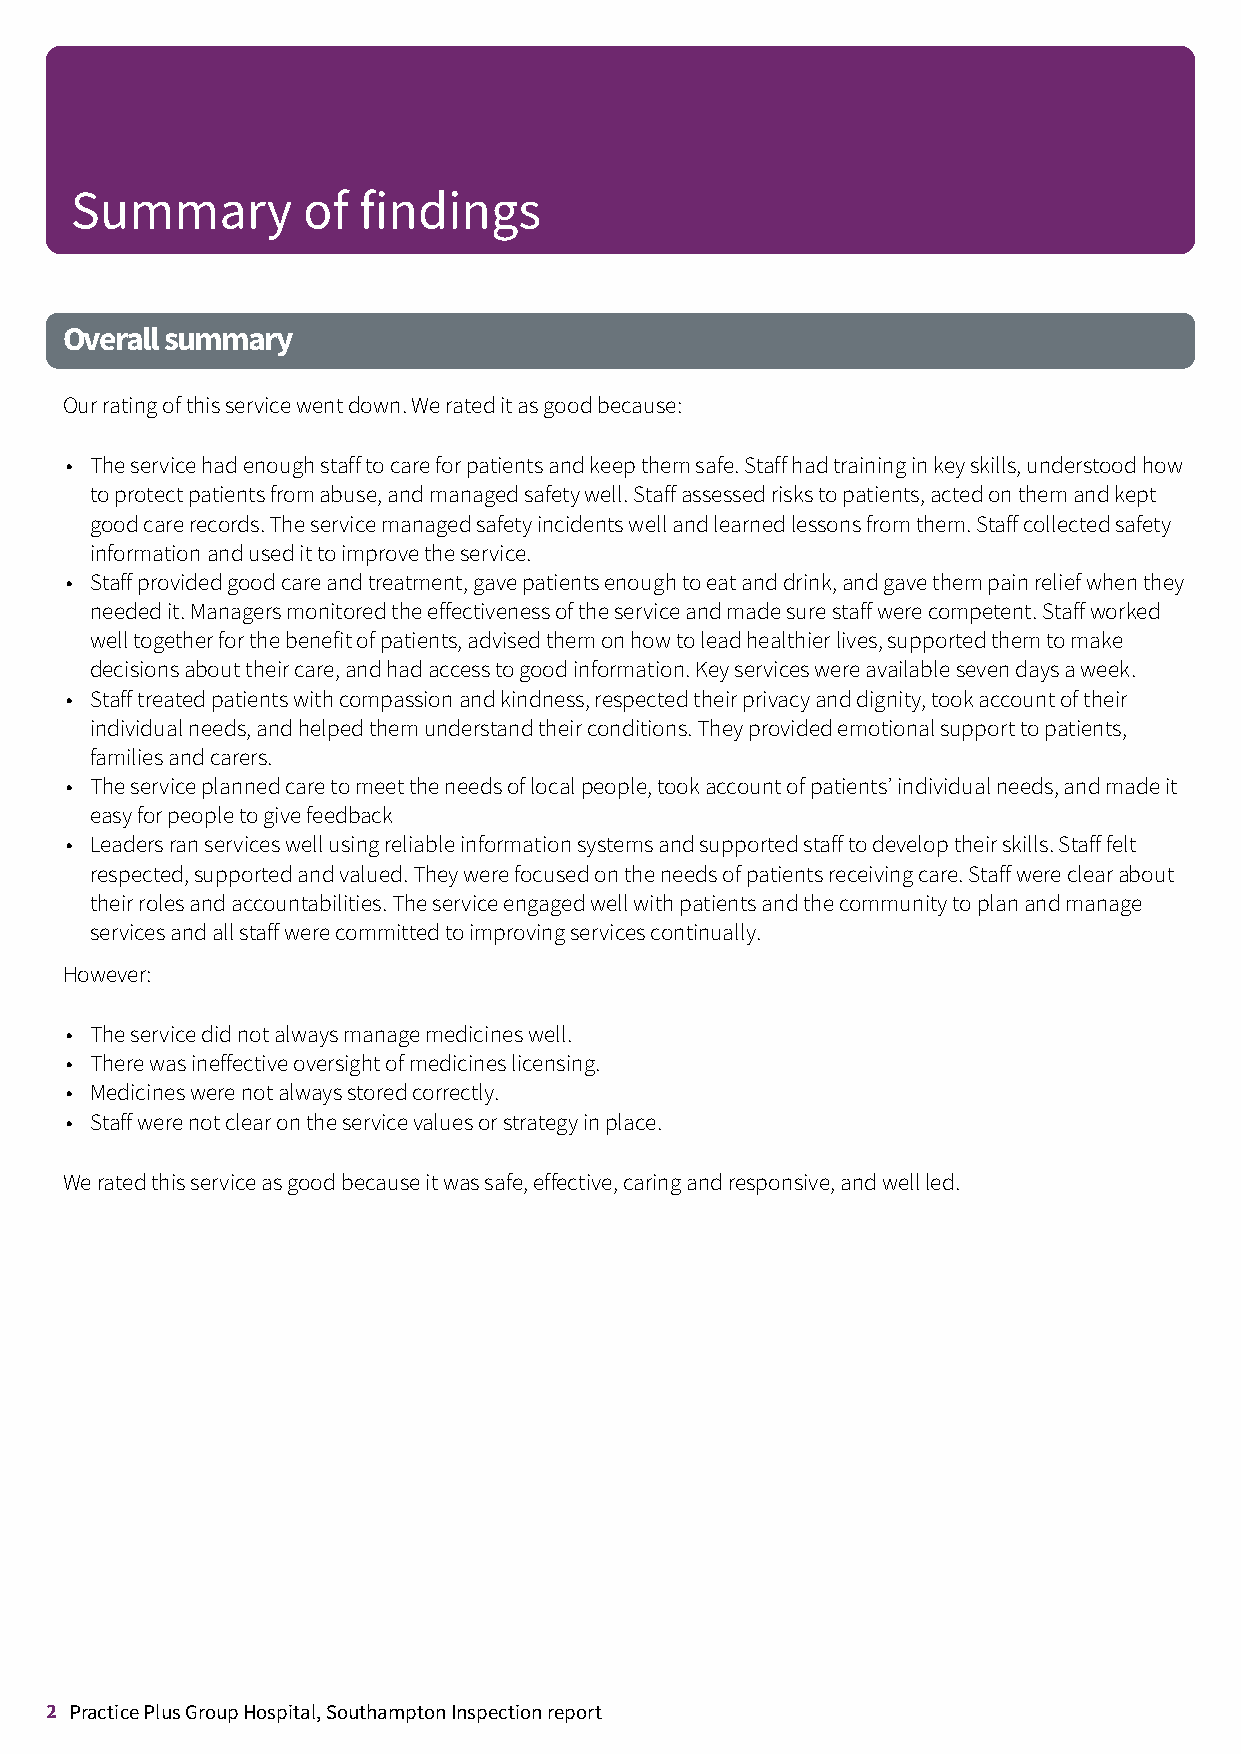
Summary        of  findings
 Overallsummary
 Ourratingofthisservicewentdown.Werateditasgoodbecause:
 • Theservicehadenoughstafftocareforpatientsandkeepthemsafe.Staffhadtraininginkeyskills,understoodhow
 toprotectpatientsfromabuse,andmanagedsafetywell.Staffassessedriskstopatients,actedonthemandkept
 goodcarerecords.Theservicemanagedsafetyincidentswellandlearnedlessonsfromthem.Staffcollectedsafety
 informationandusedittoimprovetheservice.
 • Staffprovidedgoodcareandtreatment,gavepatientsenoughtoeatanddrink,andgavethempainreliefwhenthey
 neededit.Managersmonitoredtheeffectivenessoftheserviceandmadesurestaffwerecompetent.Staffworked
 welltogetherforthebenefitofpatients,advisedthemonhowtoleadhealthierlives,supportedthemtomake
 decisionsabouttheircare,andhadaccesstogoodinformation.Keyserviceswereavailablesevendaysaweek.
 • Stafftreatedpatientswithcompassionandkindness,respectedtheirprivacyanddignity,tookaccountoftheir
 individualneeds,andhelpedthemunderstandtheirconditions.Theyprovidedemotionalsupporttopatients,
 familiesandcarers.
 • Theserviceplannedcaretomeettheneedsoflocalpeople,tookaccountofpatients’individualneeds,andmadeit
 easyforpeopletogivefeedback
 • Leadersranserviceswellusingreliableinformationsystemsandsupportedstafftodeveloptheirskills.Stafffelt
 respected,supportedandvalued.Theywerefocusedontheneedsofpatientsreceivingcare.Staffwereclearabout
 theirrolesandaccountabilities.Theserviceengagedwellwithpatientsandthecommunitytoplanandmanage
 servicesandallstaffwerecommittedtoimprovingservicescontinually.
 However:
 • Theservicedidnotalwaysmanagemedicineswell.
 • Therewasineffectiveoversightofmedicineslicensing.
 • Medicineswerenotalwaysstoredcorrectly.
 • Staffwerenotclearontheservicevaluesorstrategyinplace.
 Weratedthisserviceasgoodbecauseitwassafe,effective,caringandresponsive,andwellled.
 2 Practice Plus Group Hospital, Southampton Inspection report